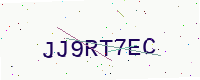
Text: JJ9RT7EC